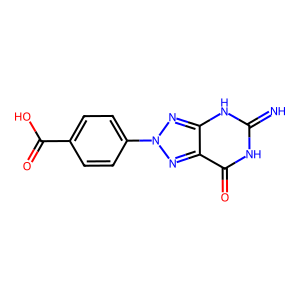
SMILES: N=c1[nH]c(=O)c2nn(-c3ccc(C(=O)O)cc3)nc2[nH]1
Inhibits HIV replication: No